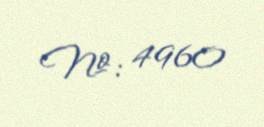
№: 4960